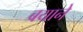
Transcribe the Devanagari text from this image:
बयाने